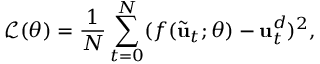
\mathcal { L } ( \boldsymbol { \theta } ) = \frac { 1 } { N } \sum _ { t = 0 } ^ { N } ( f ( \Tilde { \mathbf { u } } _ { t } ; \boldsymbol { \theta } ) - \mathbf { u } _ { t } ^ { d } ) ^ { 2 } ,